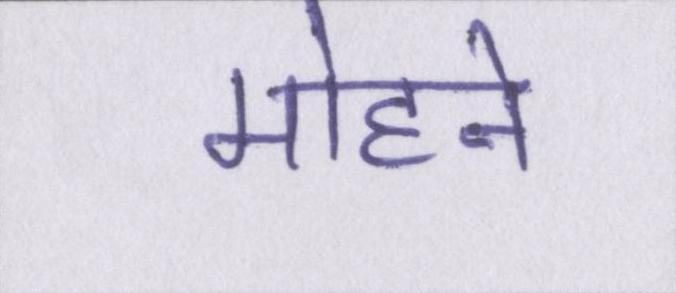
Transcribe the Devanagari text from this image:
मोहने